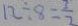
1 2 \div 8 = \frac { 3 } { 2 }